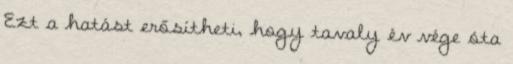
Ezt a hatást erősítheti, hogy tavaly év vége óta